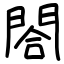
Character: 閤